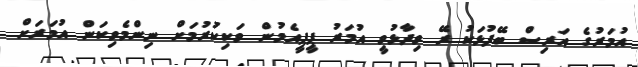
އުމަރުގެ އަރިސް ބޭފުޅަކު ރޭ ވިދާޅުވީ އުމަރު ޕީޕީއެމުން ވަކިކުރުމަށް ނިންމެވިކަން އުމަރަށް